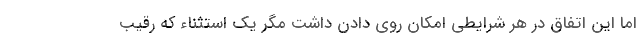
اما این اتفاق در هر شرایطی امکان روی دادن داشت مگر یک استثناء که رقیب